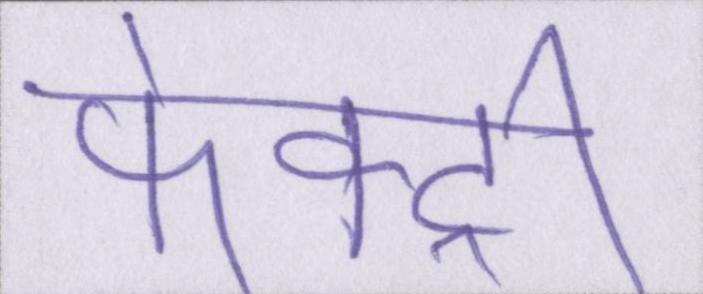
फेक्ट्री